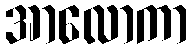
အာလောကာ